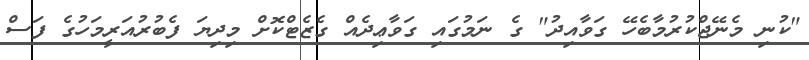
"ކުނި މެނޭޖްކުރުމާބެހޭ ގަވާއިދު" ގެ ނަމުގައި ގަވާޢިދެއް ގެޒެޓްކޮށް މިދިޔަ ފެބުރުއަރީމަހުގެ ފަސް